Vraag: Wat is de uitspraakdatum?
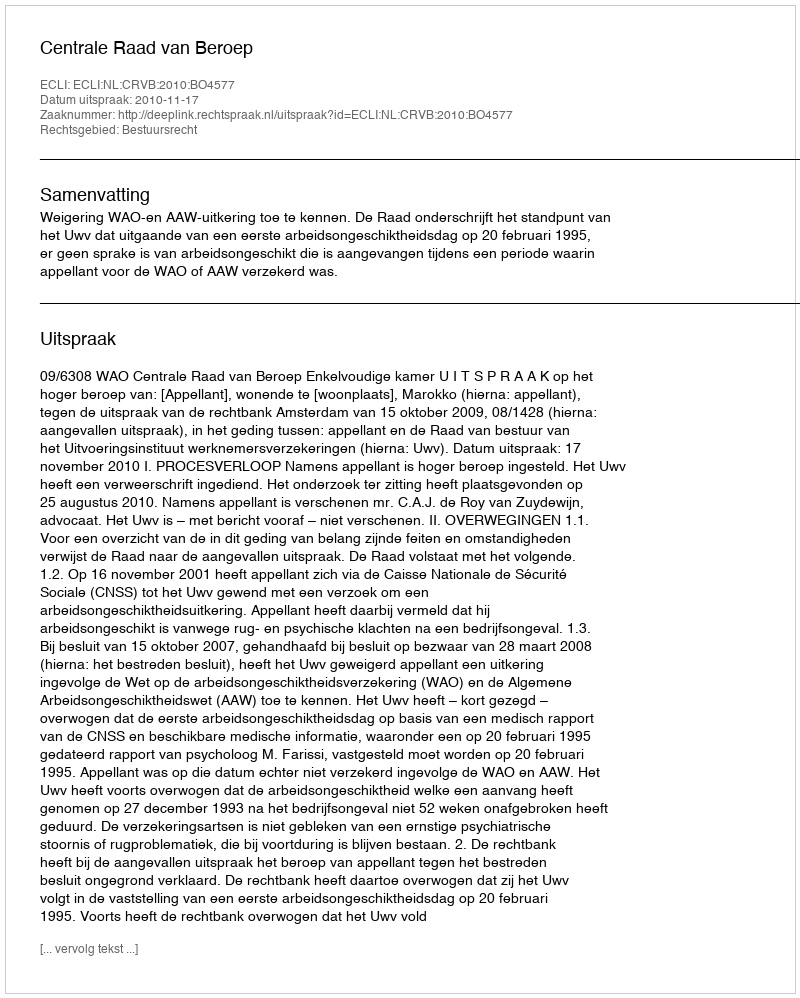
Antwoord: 2010-11-17